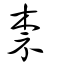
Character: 柰